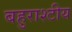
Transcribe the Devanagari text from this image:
बहुराश्टीय